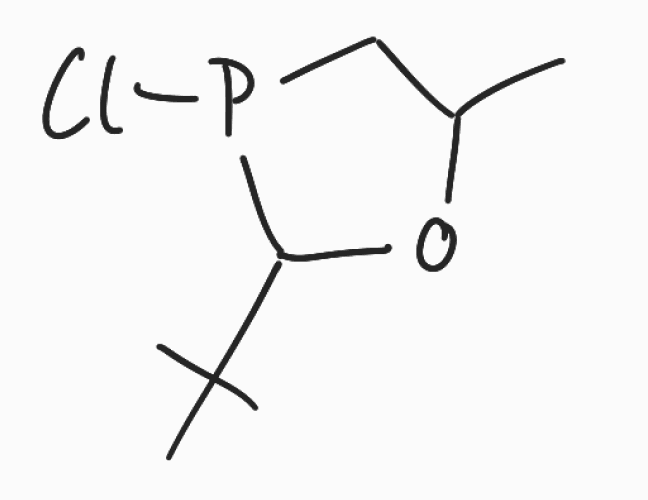
Simplified molecular-input line-entry system (SMILES) notation of the given molecule:
CC1CP(C(O1)C(C)(C)C)Cl